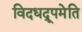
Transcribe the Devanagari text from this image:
विदधद्रूपमेति